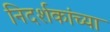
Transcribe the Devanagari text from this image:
निदर्शकांच्या